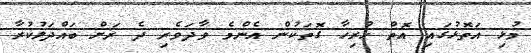
މުޅި އަތޮޅުގައި އޮތް ހުރިހާ ގޮތަކުން އެންމެ ވާދަވެރި ދެ ރަށް ބައްދަލުކުރާ